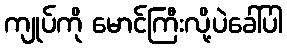
ကျုပ်ကို မောင်ကြီးလို့ပဲခေါ်ပါ